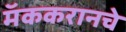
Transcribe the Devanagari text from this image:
मॅककरानचे